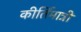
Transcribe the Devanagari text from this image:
कीर्तिमात्री